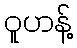
ဝူဟန့်